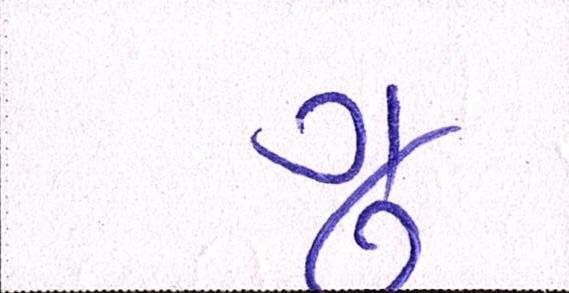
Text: ગુ